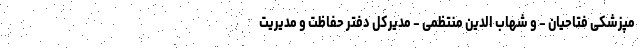
مپزشکی فتاحیان - و شهاب الدین منتظمی - مدیرکل دفتر حفاظت و مدیریت